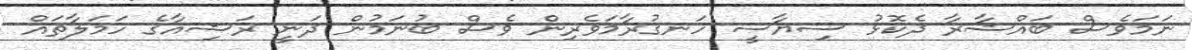
ނަމަވެސް ބައްޝާރާ ދެކޮޅު ސިޔާސީ ހަނގުރާމަވެރިން ވެސް ބުނަމުން ދަނީ ރަޝިއާގެ ހަމަލާތައް